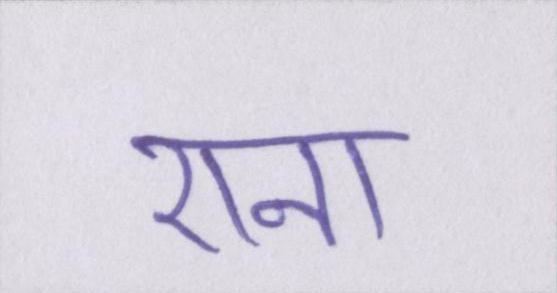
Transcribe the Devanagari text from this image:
राना